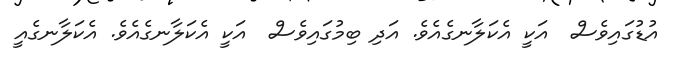
އުޑުގައިވެސް  އަކީ އެކަލާނގެއެވެ. އަދި ބިމުގައިވެސް  އަކީ އެކަލާނގެއެވެ. އެކަލާނގެއީ